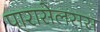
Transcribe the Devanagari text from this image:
पारासेलसस